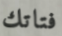
فتاتك